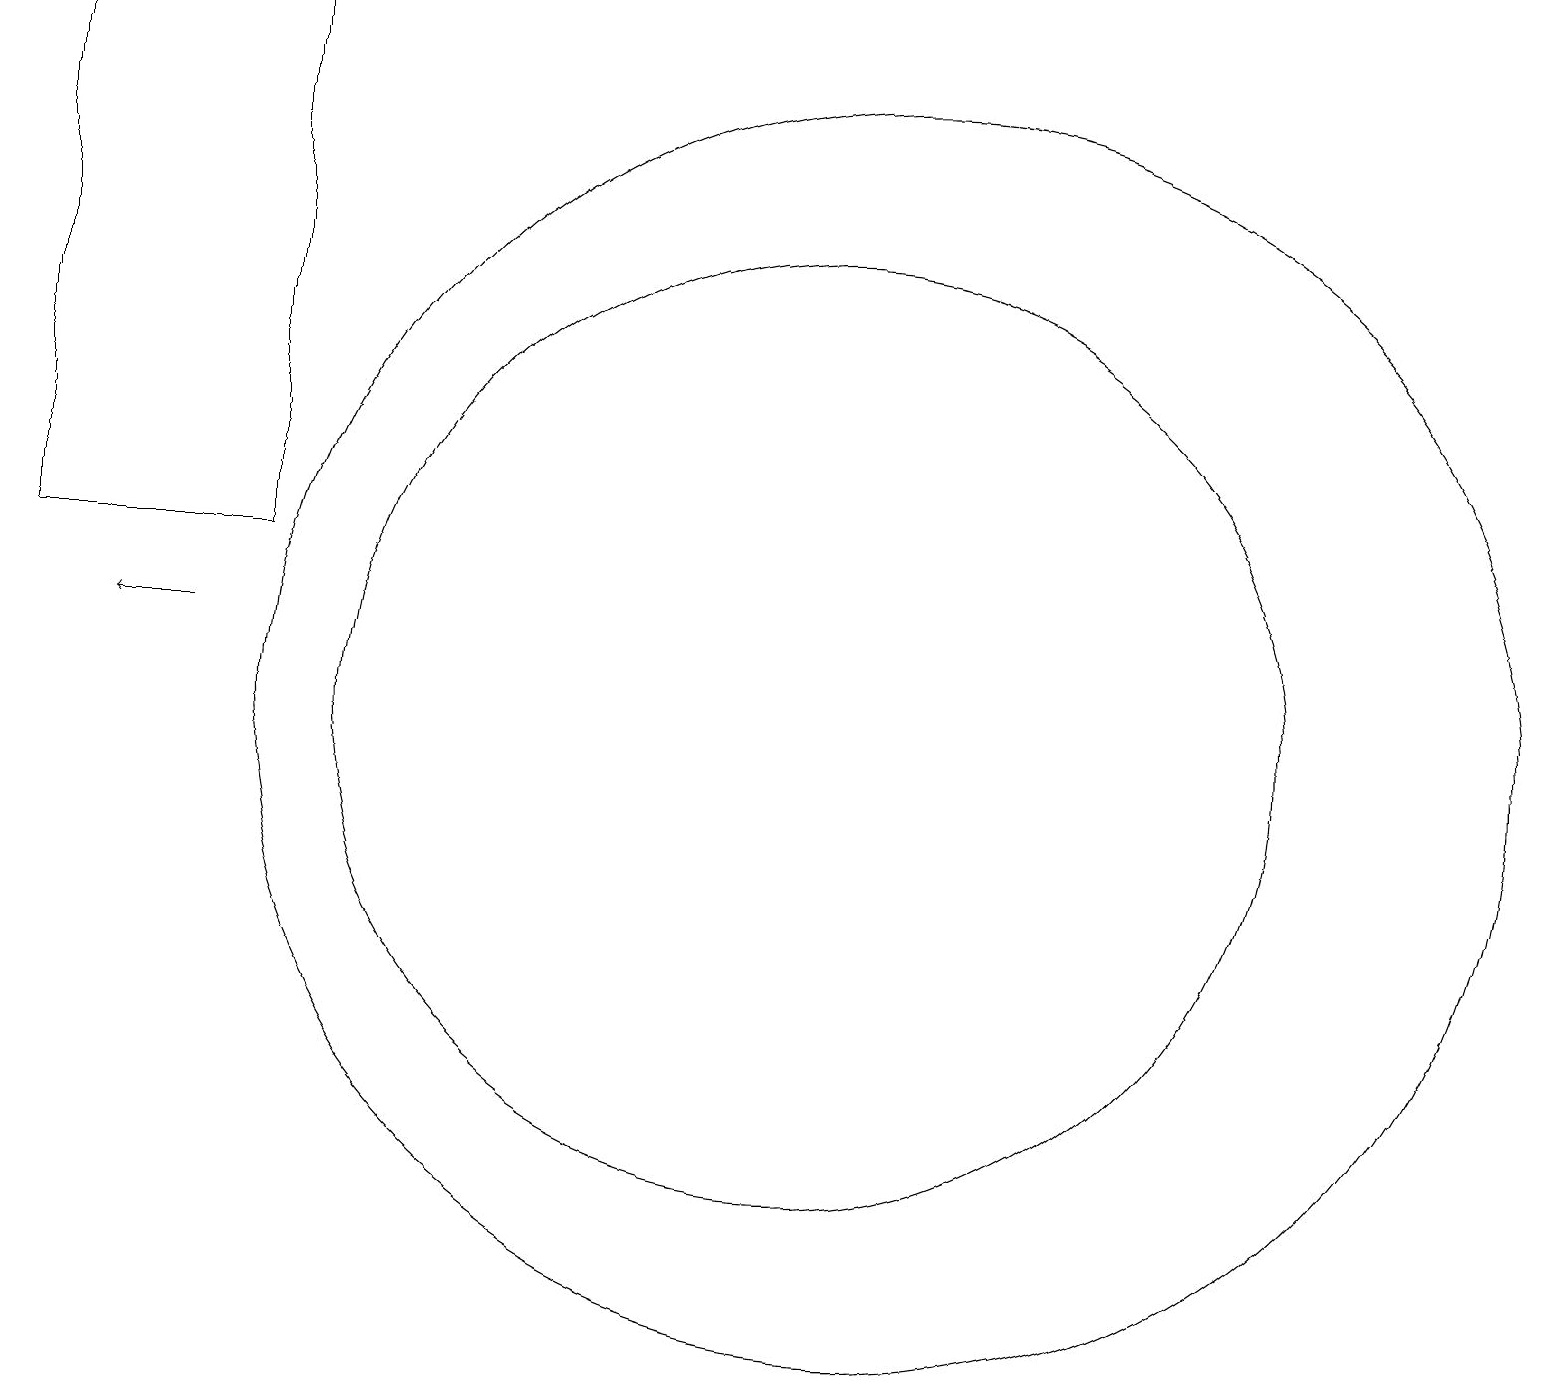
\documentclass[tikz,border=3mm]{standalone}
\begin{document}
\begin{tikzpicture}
\draw[->] (3,11) -- (2,11);
\draw (11,10) circle (6);
\draw (12,10) circle (8);
\draw (4,12) rectangle (1,19);
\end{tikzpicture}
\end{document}